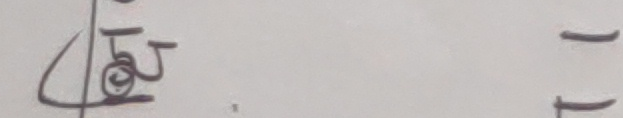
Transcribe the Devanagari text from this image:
८५